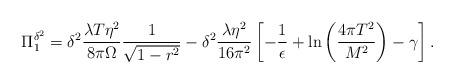
LaTeX: \begin{align*}\Pi_1^{\delta^2}=\delta^2\frac{\lambda T\eta^2}{8\pi\Omega} \frac{1}{\sqrt{1-r^2}}-\delta^2\frac{\lambda\eta^2}{16\pi^2} \left[-\frac{1}{\epsilon}+\ln\left(\frac{4\pi T^2}{M^2} \right)-\gamma\right].\end{align*}